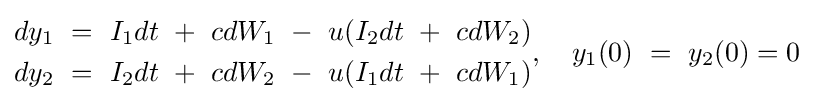
{\begin{aligned}dy_{\text{1}}\ =\ I_{\text{1}}dt\ +\ cdW_{\text{1}}\ -\ u(I_{\text{2}}dt\ +\ cdW_{\text{2}})\\dy_{\text{2}}\ =\ I_{\text{2}}dt\ +\ cdW_{\text{2}}\ -\ u(I_{\text{1}}dt\ +\ cdW_{\text{1}})\end{aligned}},\quad y_{\text{1}}(0)\ =\ y_{\text{2}}(0)=0